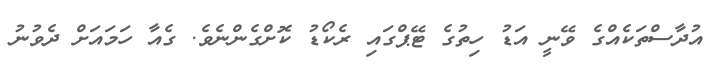
އުދާސްތަކެއްގެ ވޭނީ އަޑު ހިތުގެ ޓޭޕްގައި ރެކޯޑު ކޮށްގެންނެވެ. ގެއާ ހަމައަށް ދެވުނު